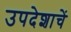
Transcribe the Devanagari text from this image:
उपदेशाचें